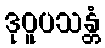
ဒုဝူပသန္တံ